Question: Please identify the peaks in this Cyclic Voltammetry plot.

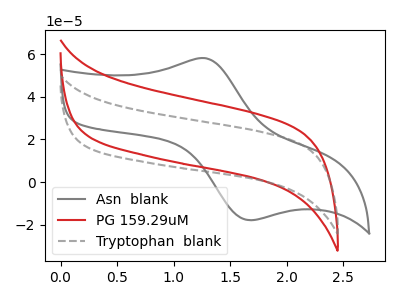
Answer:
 <answer>The gray curve "Asn  blank" has an anodic peak at (1.30V, 58.00uA) and a cathodic peak at (1.70V, -17.80uA). The red curve "PG 159.29uM" has no peaks. The gray dashed curve "Tryptophan  blank" has no peaks.</answer>
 <eval></eval>